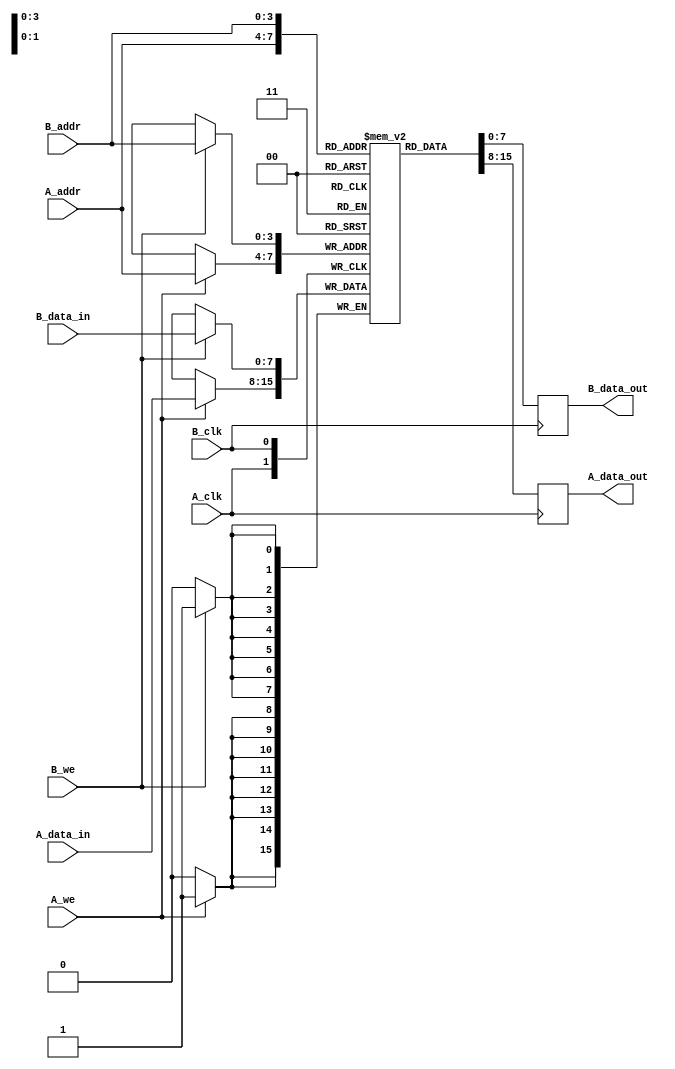
module dual_port_ram #(
    parameter DATA_WIDTH = 8,      // Width of the data
    parameter ADDR_WIDTH = 4,      // Width of the address
    parameter DEPTH = (1 << ADDR_WIDTH) // Depth of the memory
) (
    // Port A interface
    input  wire [ADDR_WIDTH-1:0] A_addr,
    input  wire [DATA_WIDTH-1:0] A_data_in,
    output reg  [DATA_WIDTH-1:0] A_data_out,
    input  wire A_we,
    input  wire A_clk,

    // Port B interface
    input  wire [ADDR_WIDTH-1:0] B_addr,
    input  wire [DATA_WIDTH-1:0] B_data_in,
    output reg  [DATA_WIDTH-1:0] B_data_out,
    input  wire B_we,
    input  wire B_clk
);

    // Memory array declaration
    reg [DATA_WIDTH-1:0] mem_array [0:DEPTH-1];

    // Port A functionality
    always @(posedge A_clk) begin
        if (A_we) begin
            // Write operation on Port A
            mem_array[A_addr] <= A_data_in;
        end
        // Read operation on Port A
        A_data_out <= mem_array[A_addr];
    end

    // Port B functionality
    always @(posedge B_clk) begin
        if (B_we) begin
            // Write operation on Port B
            mem_array[B_addr] <= B_data_in;
        end
        // Read operation on Port B
        B_data_out <= mem_array[B_addr];
    end

endmodule